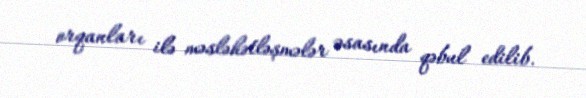
orqanları ilə məsləhətləşmələr əsasında qəbul edilib.